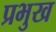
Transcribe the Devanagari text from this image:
प्रभुख